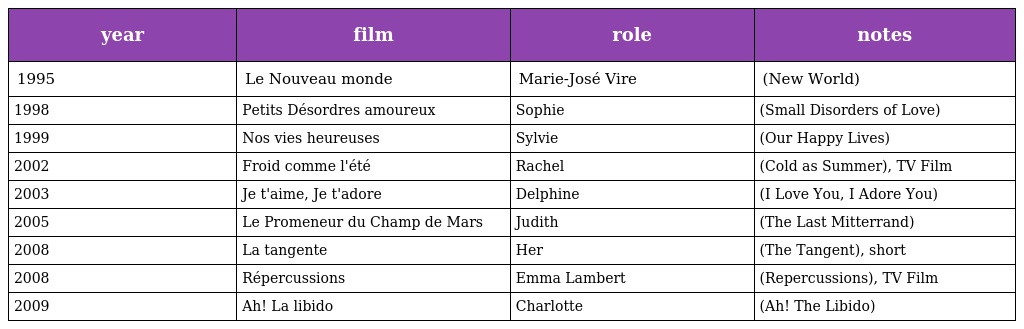
| year | film | role | notes |
 | --- | --- | --- | --- |
 | 1995 | Le Nouveau monde | Marie-José Vire | (New World) |
 | 1998 | Petits Désordres amoureux | Sophie | (Small Disorders of Love) |
 | 1999 | Nos vies heureuses | Sylvie | (Our Happy Lives) |
 | 2002 | Froid comme l'été | Rachel | (Cold as Summer), TV Film |
 | 2003 | Je t'aime, Je t'adore | Delphine | (I Love You, I Adore You) |
 | 2005 | Le Promeneur du Champ de Mars | Judith | (The Last Mitterrand) |
 | 2008 | La tangente | Her | (The Tangent), short |
 | 2008 | Répercussions | Emma Lambert | (Repercussions), TV Film |
 | 2009 | Ah! La libido | Charlotte | (Ah! The Libido) |